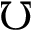
\mho